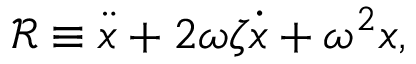
\mathcal { R } \equiv \ddot { x } + 2 \omega \zeta \dot { x } + \omega ^ { 2 } x ,